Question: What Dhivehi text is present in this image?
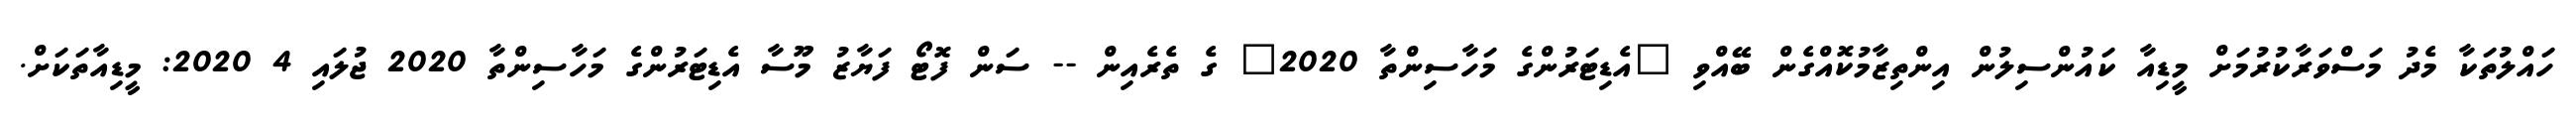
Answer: ހައްލުތަކާ މެދު މަސްވަރާކުރުމަށް މީޑިއާ ކައުންސިލުން އިންތިޒާމުކޮއްގެން ބޭއްވި "އެޑިޓަރުންގެ މަހާސިންތާ 2020" ގެ ތެރެއިން -- ސަން ފޮޓޯ ފަޔާޒު މޫސާ އެޑިޓަރުންގެ މަހާސިންތާ 2020 ޖުލައި 4 2020: މީޑިއާތަކަށް.